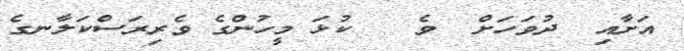
އަށާއި  ދުވަހަށް  ވެ   ކުޅަ މީހުންގެ ވެރިރަސްކަލާނގެ